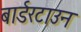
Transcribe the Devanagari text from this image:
बार्डरटाउन